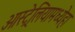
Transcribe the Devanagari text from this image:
ओस्ट्रेलियामध्येहा